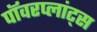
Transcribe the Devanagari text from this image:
पॉवरप्लांट्स